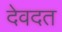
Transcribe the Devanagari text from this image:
देवदत